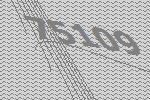
75109